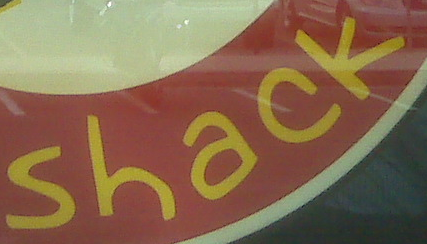
Shake